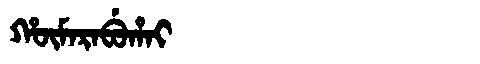
Manchu: ᡥᡡᠮᠠᡵᠠᠪᡠᡥᠠᡳ
Romanization: HŪMARABUHAI